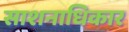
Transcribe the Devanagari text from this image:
साशनाधिकार